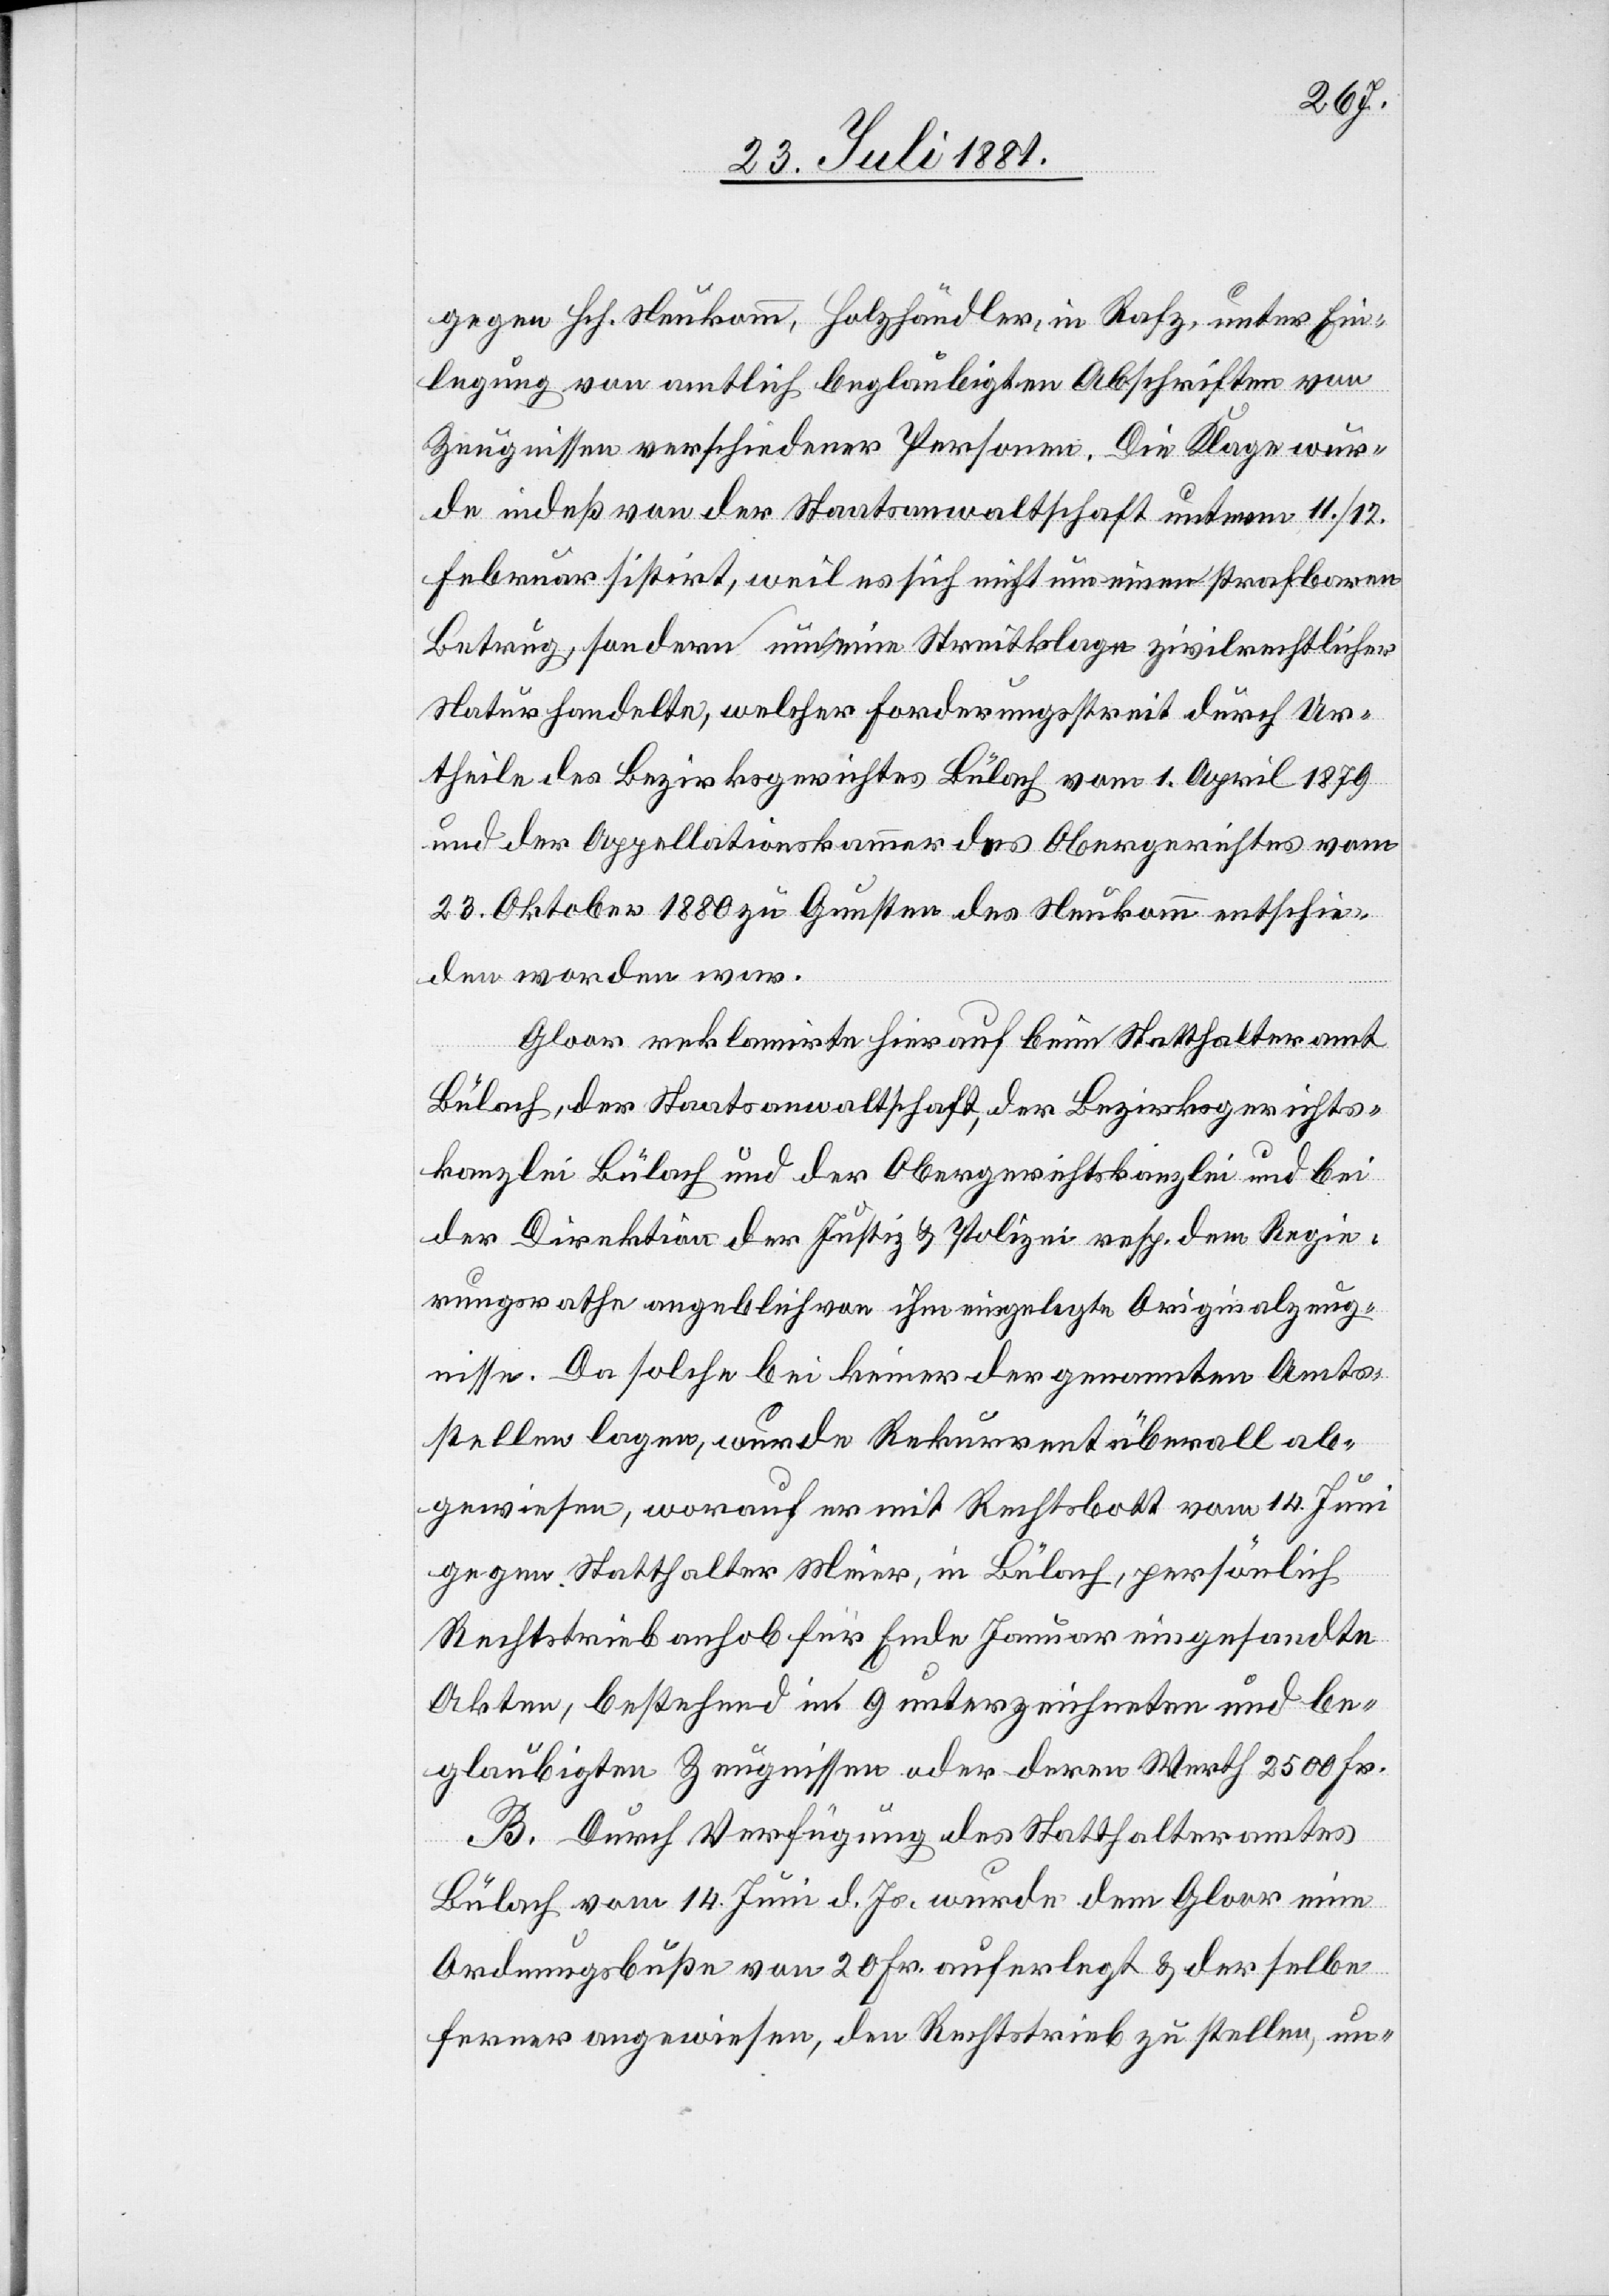
gegen Hch. Neukomm, Holzhändler, in Rafz, unter Ein¬
legung von amtlich beglaubigten Abschriften von
Zeugnissen verschiedener Personen. Die Klage wur¬
de indeß von der Staatsanwaltschaft unterm 11./12.
Februar sistirt, weil es sich nicht um einen strafbaren
Betrug, sondern um eine Streitklage zivilrechtlicher
Natur handelte, welcher Forderungsstreit durch Ur¬
theile des Bezirksgerichtes Bülach vom 1. April 1879
und der Appellationskammer des Obergerichtes vom
23. Oktober 1880 zu Gunsten des Neukomm entschie¬
den worden war.
Gloor reklamirte hierauf beim Statthalteramt
Bülach, der Staatsanwaltschaft, der Bezirksgerichts¬
kanzlei Bülach und der Obergerichtskanzlei und bei
der Direktion der Justiz & Polizei resp. dem Regie¬
rungsrathe angeblich von ihm eingelegte Originalzeug¬
nisse. Da solche bei keiner der genannten Amts¬
stellen lagen, wurde Rekurrent überall ab¬
gewiesen, worauf er mit Rechtsbott vom 14. Juni
gegen Statthalter Meier, in Bülach, persönlich
Rechtstrieb anhob für Ende Januar eingesandte
Akten, bestehend in 9 unterzeichneten und be¬
glaubigten Zeugnissen oder deren Werth 2500 Fr.
B. Durch Verfügung des Statthalteramtes
Bülach vom 14. Juni d. Js. wurde dem Gloor eine
Ordnungsbuße von 20. Fr. auferlegt & derselbe
ferner angewiesen, den Rechtstrieb zu stellen, un-